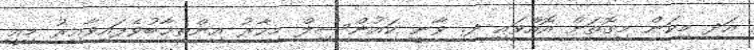
އަދި މިކަން މިގޮތަށް އޮއްވައި ދ. ވާނީ ކައުންސިލް މިހާރު އިންތިޚާބުވެފައިވާއިރު މިއީ